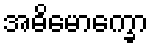
အဓိမောက္ခော